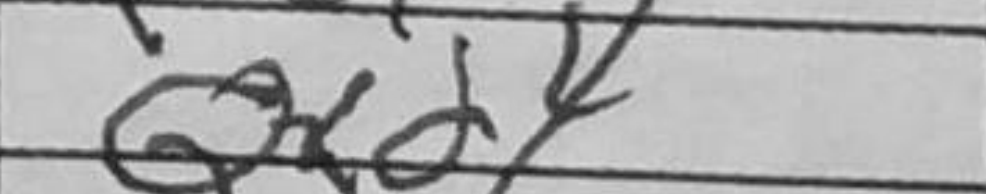
Transcription: Qxd4